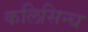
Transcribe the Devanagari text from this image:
कलिसिन्ध